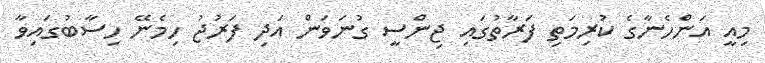
މިއީ އަންހެނާގެ ކުރިމަތި ފަރާތުގައި ޖިންސީ ގުނަވަން އަދި ފަރުޖު ހިމެނޭ ހިސާބުގައިވާ